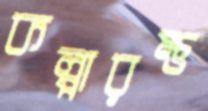
কল্পারম্ভ